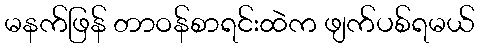
မနက်ဖြန် တာဝန်စာရင်းထဲက ဖျက်ပစ်ရမယ်